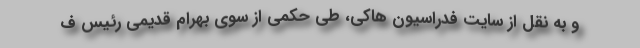
و به نقل از سایت فدراسیون هاکی، طی حکمی از سوی بهرام قدیمی رئیس ف